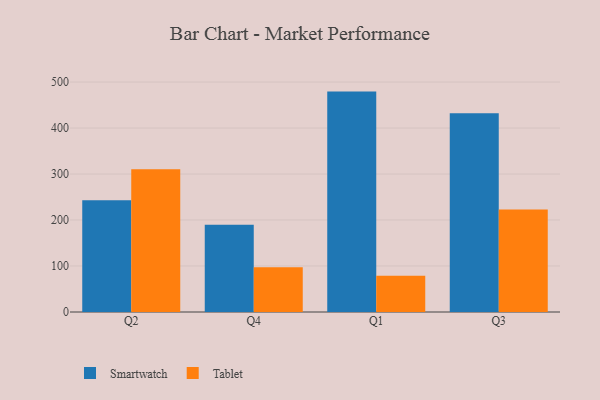
{"axis": {"x": "Quarter", "y": "Satisfaction Score"}, "legend": ["Smartwatch", "Tablet"], "data": [{"x": "Q2", "y": 243.0, "type": "Smartwatch"}, {"x": "Q2", "y": 310.2, "type": "Tablet"}, {"x": "Q4", "y": 189.8, "type": "Smartwatch"}, {"x": "Q4", "y": 97.2, "type": "Tablet"}, {"x": "Q1", "y": 479.2, "type": "Smartwatch"}, {"x": "Q1", "y": 78.7, "type": "Tablet"}, {"x": "Q3", "y": 432.0, "type": "Smartwatch"}, {"x": "Q3", "y": 223.1, "type": "Tablet"}]}